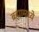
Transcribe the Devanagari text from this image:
ब्रह्मामध्ये